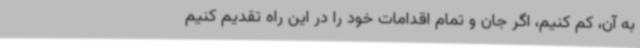
به آن، کم کنیم، اگر جان و تمام اقدامات خود را در این راه تقدیم کنیم